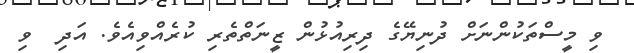
ވި މީސްތަކުންނަށް ދުނިޔޭގެ ދިރިއުޅުން ޒީނަތްތެރި ކުރެއްވިއެވެ. އަދި  ވި